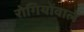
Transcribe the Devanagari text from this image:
रोगियोंवाले